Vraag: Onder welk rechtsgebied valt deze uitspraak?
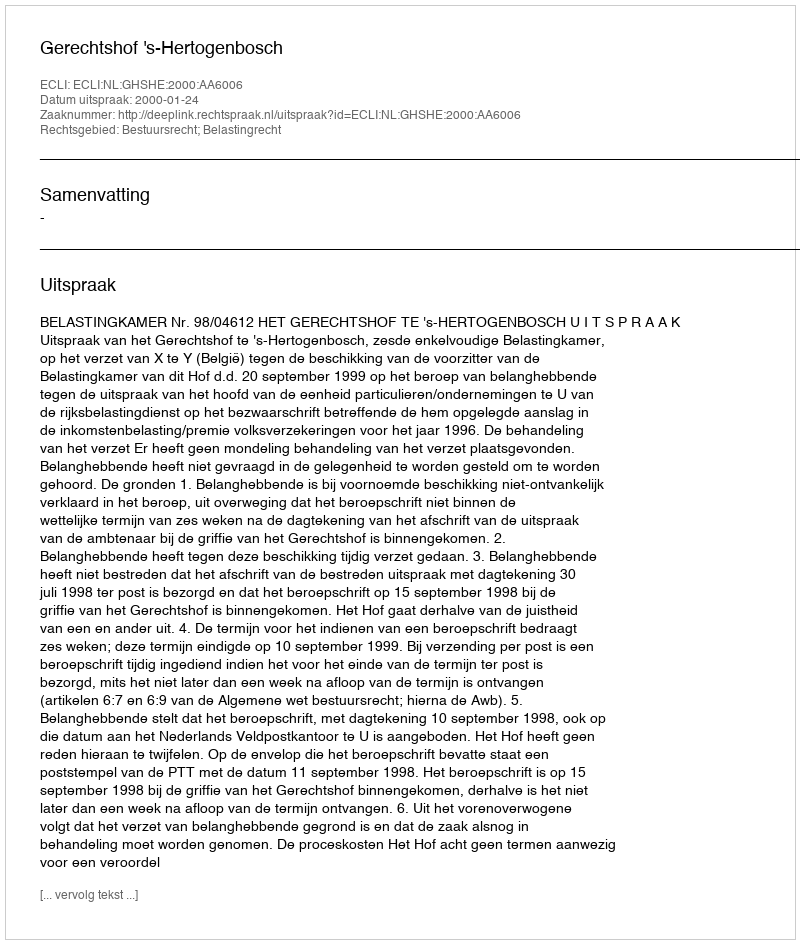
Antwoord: Bestuursrecht; Belastingrecht